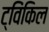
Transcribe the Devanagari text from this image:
ट्विंकिल